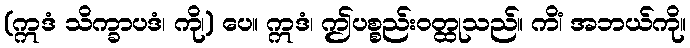
(ဣဒံ သိက္ခာပဒံ၊ ကို၊) ပေ။ ဣဒံ၊ ဤပစ္စည်းဝတ္ထုသည်။ ကိံ၊ အဘယ်ကို။